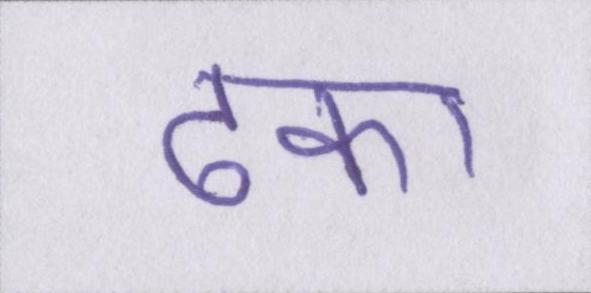
ढका